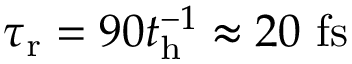
\tau _ { \mathrm { r } } = 9 0 t _ { \mathrm { h } } ^ { - 1 } \approx 2 0 ~ \mathrm { f s }